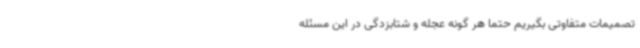
تصمیمات متفاوتی بگیریم حتما هر گونه عجله و شتابزدگی در این مسئله